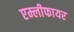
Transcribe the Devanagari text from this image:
एम्लीफायर